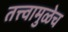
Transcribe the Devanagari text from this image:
तत्त्वामुळेच